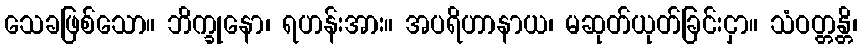
သေခဖြစ်သော။ ဘိက္ခုနော၊ ရဟန်းအား။ အပရိဟာနာယ၊ မဆုတ်ယုတ်ခြင်းငှာ။ သံဝတ္တန္တိ၊